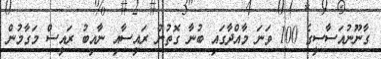
ގާނޫނުއަސާސީގެ 100 ވަނަ މާއްދާގައި ބުނާ ގޮތުން ރައީސާއި ނާއިބު ރައީސް މަގާމުން